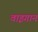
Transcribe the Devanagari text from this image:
वाइगान